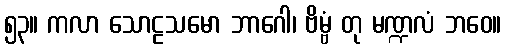
၅၃။ ကလာ သောဠသမော ဘာဂေါ၊ ဗိမ္ဗံ တု မဏ္ဍလံ ဘဝေ။